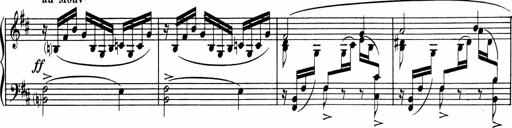
Title: Sonatine pour piano
Composer: Albert Roussel